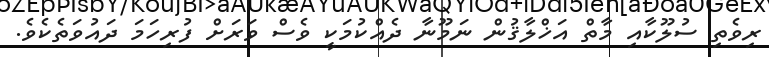
ރިވެތި ސުލޫކާއި މާތް އަޚްލާޤުން ނަމޫނާ ދެއްކުމަކީ ވެސް ވަރަށް ފުރިހަމަ ދައުވަތެކެވެ.